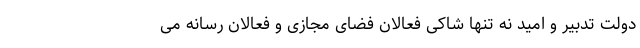
دولت تدبیر و امید نه تنها شاکی فعالان فضای مجازی و فعالان رسانه می